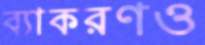
ব্যাকরণও